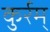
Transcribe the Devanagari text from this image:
कुर्रम्